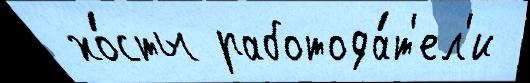
 хо́сты работода́т'ел'и